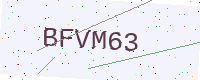
Text: BFVM63